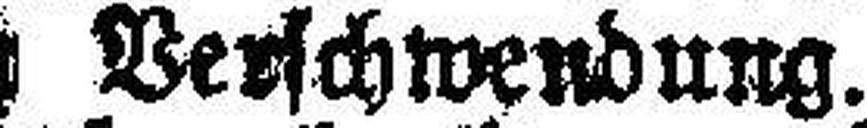
wegen Verschwendung.